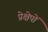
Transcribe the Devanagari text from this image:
प्रेक्षेपों